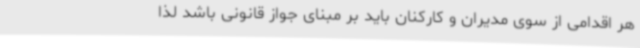
هر اقدامی از سوی مدیران و کارکنان باید بر مبنای جواز قانونی باشد لذا